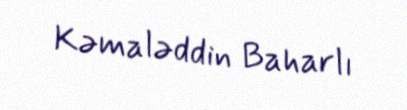
Kəmaləddin Baharlı